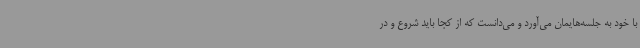
با خود به جلسه‌هایمان می‌آورد و می‌دانست که از کجا باید شروع و در